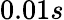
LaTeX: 0.01s